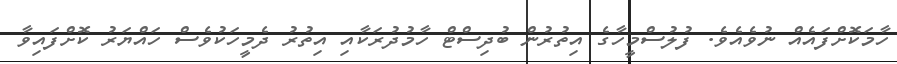
ހާމަކޮށްފައެއް ނުވެއެވެ. ފުލުސްމީހާގެ އިތުރުން ބުދިސްޓް ހާމުދުރަކާއި އިތުރު ދެމީހަކުވެސް ހައްޔަރު ކޮށްފައިވާ